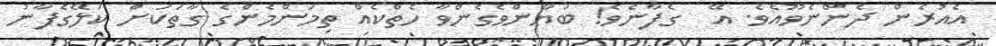
އެއުރެން ދެންނެވޫއެވެ. އޭ  ގެފާނެވެ! ބަޔާންވެގެންވާ ހެތްކެއް ތިމަންމެންގެ ގާތަކަށް ކަލޭގެފާނު